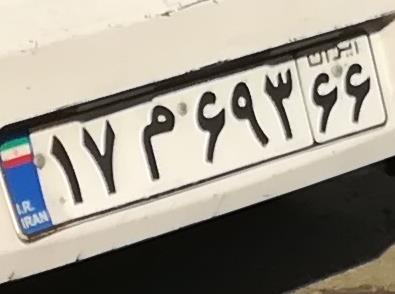
۱۷م۶۹۳۶۶